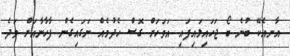
އާނއެކޭ ބުނެ ބޯ ޖަހައިލައިފައި އަވަހަށް ގޮސް ހެދުމެއް ނަގައިގެން ފާހާނާއަށް ވަދެ